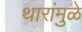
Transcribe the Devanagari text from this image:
थारांमुळे